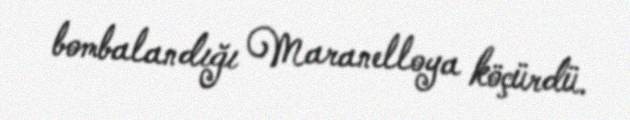
bombalandığı Maranelloya köçürdü.